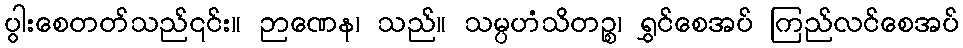
ပွါးစေတတ်သည်၎င်း။ ဉာဏေန၊ သည်။ သမ္ပဟံသိတဉ္စ၊ ရွှင်စေအပ် ကြည်လင်စေအပ်